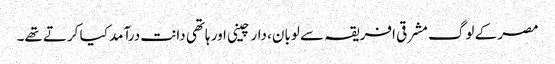
مصر کے لوگ مشرقی افریقہ سے لوبان، دار چینی اور ہاتھی دانت درآمد کیا کرتے تھے۔